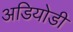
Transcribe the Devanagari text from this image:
अडियोडी